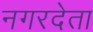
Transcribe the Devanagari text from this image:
नगरदेता